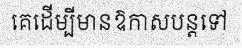
គេដើម្បីមានឱកាសបន្តទៅ